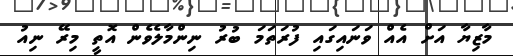
މާޒިޔާ އަށް އެއް ވަނައިގައި ފުރަތަމަ ބުރު ނިންމާލެވެން އޮތީ މިރޭ ނިއު